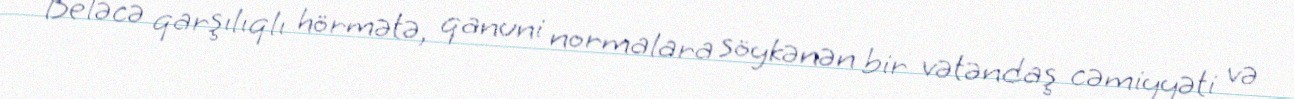
Beləcə qarşılıqlı hörmətə, qanuni normalara söykənən bir vətəndaş cəmiyyəti və